Statistics compiled by the Government of India from the reports of provincial Civil Veterinary Departments
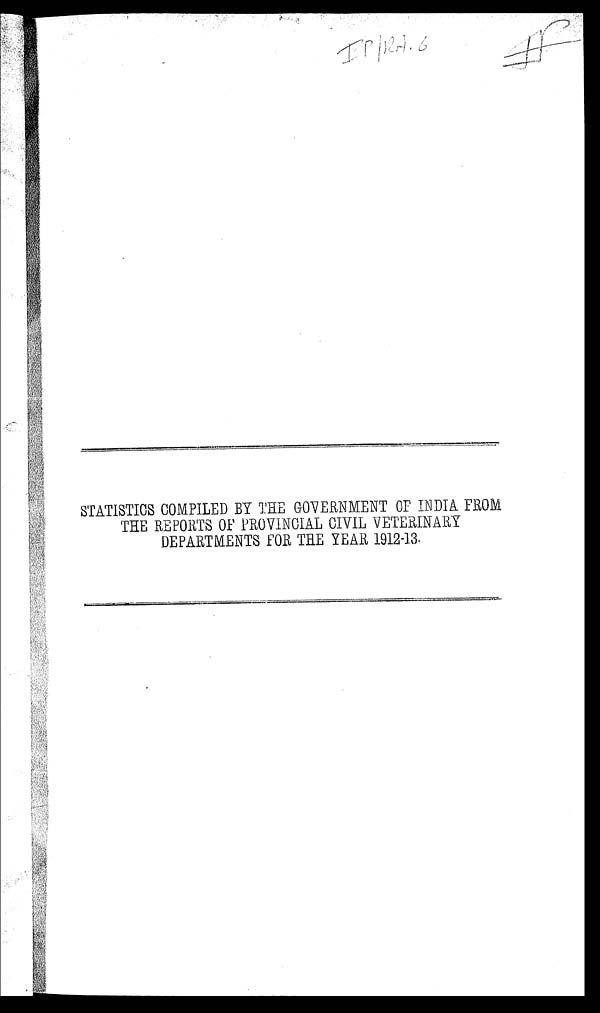
STATISTICS COMPILED BY THE GOVERNMENT OF INDIA FROM
THE REPORTS OF PROVINCIAL CIVIL VETERINARY
DEPARTMENTS FOR THE YEAR 1912-13.